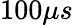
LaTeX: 100\mu s